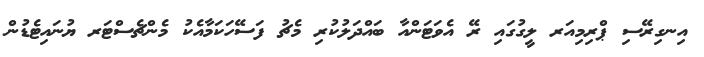
އިނގިރޭސި ޕްރިމިއަރ ލީގުގައި ރޭ އެވަޓަންއާ ބައްދަލުކުރި މެޗު ފަސޭހަކަމާއެކު މެންޗެސްޓަރ ޔުނައިޓެޑުން